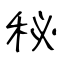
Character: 秘